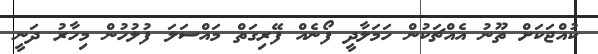
ކުއްޖަކަށް ތޫނު އެއްޗަކުން ހަމަލާދީ ފޯނެއް ފޭރިގަތް މައްސަލަ ފުލުހުން މިހާރު ދަނީ